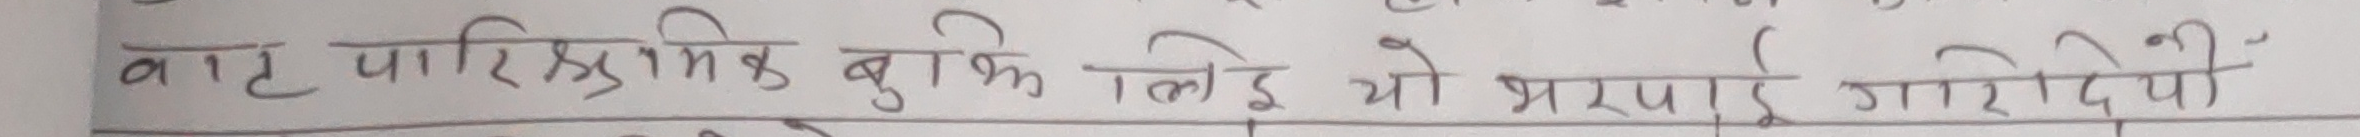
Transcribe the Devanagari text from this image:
वाट पारिश्रमिक बुक लिई यो भरपाई गारिदेवो